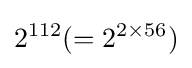
2^{112}(=2^{2\times 56})